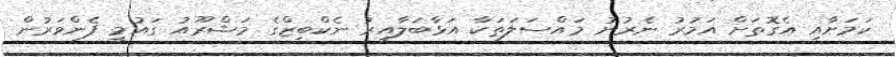
ކަމަށާއި އެގޮތަށް އަމުރު ނެރުނު މައްސަލަތަކާ އަޅާބަލާއިރު ނެކްބިޒްގެ މަޝްރޫއު ގައުމީ ފެންވަރުން